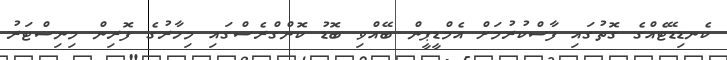
ކެނޑިޑޭޓެއްގެ ގޮތުގައި ފާސްކުރުމަށް އެމްޑީޕީން ބޭއްވި ބޮޑު ކޮންގްރެސްގައި މިހާރުގެ ފޮރިން މިނިސްޓަރު